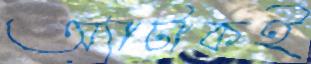
অ্যাটাকই